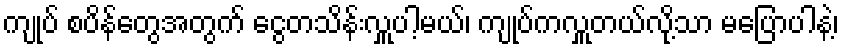
ကျုပ် စပိန်တွေအတွက် ငွေတသိန်းလှူပါ့မယ်၊ ကျုပ်ကလှူတယ်လို့သာ မပြောပါနဲ့၊